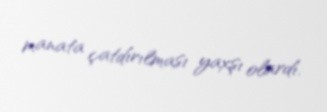
manata çatdırılması yaxşı olardı.